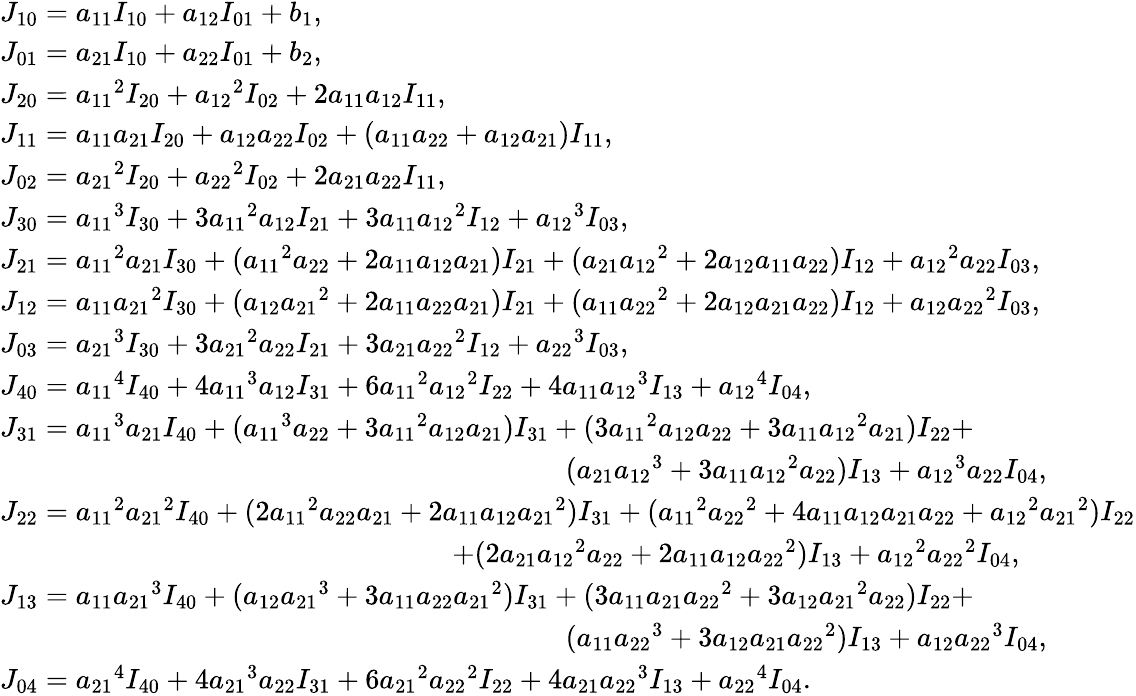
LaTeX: \begin{array}{l}{{J_{10}}={a_{11}}{I_{10}}+{a_{12}}{I_{01}}+{b_{1}},}\\ {{J_{01}}={a_{21}}{I_{10}}+{a_{22}}{I_{01}}+{b_{2}},}\\ {{J_{20}}={a_{11}}^{2}{I_{20}}+{a_{12}}^{2}{I_{02}}+2{a_{11}}{a_{12}}{I_{11}},}\\ {{J_{11}}={a_{11}}{a_{21}}{I_{20}}+{a_{12}}{a_{22}}{I_{02}}+({a_{11}}{a_{22}}+{a_{12}}{a_{21}}){I_{11}},}\\ {{J_{02}}={a_{21}}^{2}{I_{20}}+{a_{22}}^{2}{I_{02}}+2{a_{21}}{a_{22}}{I_{11}},}\\ {{J_{30}}={a_{11}}^{3}{I_{30}}+3{a_{11}}^{2}{a_{12}}{I_{21}}+3{a_{11}}{a_{12}}^{2}{I_{12}}+{a_{12}}^{3}{I_{03}},}\\ {{J_{21}}={a_{11}}^{2}{a_{21}}{I_{30}}+({a_{11}}^{2}{a_{22}}+2{a_{11}}{a_{12}}{a_{21}}){I_{21}}+({a_{21}}{a_{12}}^{2}+2{a_{12}}{a_{11}}{a_{22}}){I_{12}}+{a_{12}}^{2}{a_{22}}{I_{03}},}\\ {{J_{12}}={a_{11}}{a_{21}}^{2}{I_{30}}+({a_{12}}{a_{21}}^{2}+2{a_{11}}{a_{22}}{a_{21}}){I_{21}}+({a_{11}}{a_{22}}^{2}+2{a_{12}}{a_{21}}{a_{22}}){I_{12}}+{a_{12}}{a_{22}}^{2}{I_{03}},}\\ {{J_{03}}={a_{21}}^{3}{I_{30}}+3{a_{21}}^{2}{a_{22}}{I_{21}}+3{a_{21}}{a_{22}}^{2}{I_{12}}+{a_{22}}^{3}{I_{03}},}\\ {{J_{40}}={a_{11}}^{4}{I_{40}}+4{a_{11}}^{3}{a_{12}}{I_{31}}+6{a_{11}}^{2}{a_{12}}^{2}{I_{22}}+4{a_{11}}{a_{12}}^{3}{I_{13}}+{a_{12}}^{4}{I_{04}},}\\ {{J_{31}}={a_{11}}^{3}{a_{21}}{I_{40}}+({a_{11}}^{3}{a_{22}}+3{a_{11}}^{2}{a_{12}}{a_{21}}){I_{31}}+(3{a_{11}}^{2}{a_{12}}{a_{22}}+3{a_{11}}{a_{12}}^{2}{a_{21}}){I_{22}}+}\\ {\qquad\qquad\qquad\qquad\qquad\qquad\qquad\qquad\qquad\qquad({a_{21}}{a_{12}}^{3}+3{a_{11}}{a_{12}}^{2}{a_{22}}){I_{13}}+{a_{12}}^{3}{a_{22}}{I_{04}},}\\ {{J_{22}}={a_{11}}^{2}{a_{21}}^{2}{I_{40}}+(2{a_{11}}^{2}{a_{22}}{a_{21}}+2{a_{11}}{a_{12}}{a_{21}}^{2}){I_{31}}+({a_{11}}^{2}{a_{22}}^{2}+4{a_{11}}{a_{12}}{a_{21}}{a_{22}}+{a_{12}}^{2}{a_{21}}^{2}){I_{22}}}\\ {\qquad\qquad\qquad\qquad\qquad\qquad\qquad\qquad+(2{a_{21}}{a_{12}}^{2}{a_{22}}+2{a_{11}}{a_{12}}{a_{22}}^{2}){I_{13}}+{a_{12}}^{2}{a_{22}}^{2}{I_{04}},}\\ {{J_{13}}={a_{11}}{a_{21}}^{3}{I_{40}}+({a_{12}}{a_{21}}^{3}+3{a_{11}}{a_{22}}{a_{21}}^{2}){I_{31}}+(3{a_{11}}{a_{21}}{a_{22}}^{2}+3{a_{12}}{a_{21}}^{2}{a_{22}}){I_{22}}+}\\ {\qquad\qquad\qquad\qquad\qquad\qquad\qquad\qquad\qquad\qquad({a_{11}}{a_{22}}^{3}+3{a_{12}}{a_{21}}{a_{22}}^{2}){I_{13}}+{a_{12}}{a_{22}}^{3}{I_{04}},}\\ {{J_{04}}={a_{21}}^{4}{I_{40}}+4{a_{21}}^{3}{a_{22}}{I_{31}}+6{a_{21}}^{2}{a_{22}}^{2}{I_{22}}+4{a_{21}}{a_{22}}^{3}{I_{13}}+{a_{22}}^{4}{I_{04}}.}\end{array}